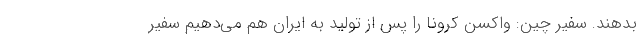
بدهند. سفیر چین: واکسن کرونا را پس از تولید به ایران هم می‌دهیم سفیر